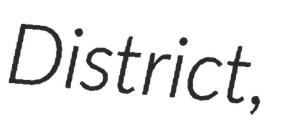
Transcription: District,